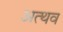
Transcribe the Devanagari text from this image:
अत्थव